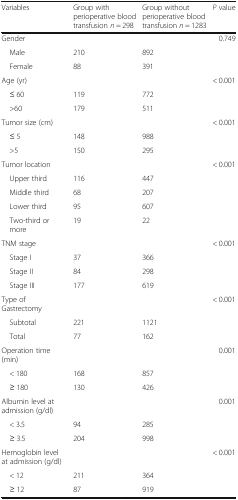
<table><thead><tr><td><b>Variables</b></td><td><b>Group with perioperative blood transfusion <i>n</i> = 298</b></td><td><b>Group without perioperative blood transfusion <i>n</i> = 1283</b></td><td><b><i>P</i> value</b></td></tr></thead><tbody><tr><td>Gender</td><td></td><td></td><td>0.749</td></tr><tr><td> Male</td><td>210</td><td>892</td><td></td></tr><tr><td> Female</td><td>88</td><td>391</td><td></td></tr><tr><td>Age (yr)</td><td></td><td></td><td>&lt; 0.001</td></tr><tr><td> ≤ 60</td><td>119</td><td>772</td><td></td></tr><tr><td> &gt;60</td><td>179</td><td>511</td><td></td></tr><tr><td>Tumor size (cm)</td><td></td><td></td><td>&lt; 0.001</td></tr><tr><td> ≤ 5</td><td>148</td><td>988</td><td></td></tr><tr><td> &gt;5</td><td>150</td><td>295</td><td></td></tr><tr><td>Tumor location</td><td></td><td></td><td>&lt; 0.001</td></tr><tr><td> Upper third</td><td>116</td><td>447</td><td></td></tr><tr><td> Middle third</td><td>68</td><td>207</td><td></td></tr><tr><td> Lower third</td><td>95</td><td>607</td><td></td></tr><tr><td> Two-third or more</td><td>19</td><td>22</td><td></td></tr><tr><td>TNM stage</td><td></td><td></td><td>&lt; 0.001</td></tr><tr><td> Stage I</td><td>37</td><td>366</td><td></td></tr><tr><td> Stage II</td><td>84</td><td>298</td><td></td></tr><tr><td> Stage III</td><td>177</td><td>619</td><td></td></tr><tr><td>Type of Gastrectomy</td><td></td><td></td><td>&lt; 0.001</td></tr><tr><td> Subtotal</td><td>221</td><td>1121</td><td></td></tr><tr><td> Total</td><td>77</td><td>162</td><td></td></tr><tr><td>Operation time (min)</td><td></td><td></td><td>0.001</td></tr><tr><td> &lt; 180</td><td>168</td><td>857</td><td></td></tr><tr><td> ≥ 180</td><td>130</td><td>426</td><td></td></tr><tr><td>Albumin level at admission (g/dl)</td><td></td><td></td><td>0.001</td></tr><tr><td> &lt; 3.5</td><td>94</td><td>285</td><td></td></tr><tr><td> ≥ 3.5</td><td>204</td><td>998</td><td></td></tr><tr><td>Hemoglobin level at admission (g/dl)</td><td></td><td></td><td>&lt; 0.001</td></tr><tr><td> &lt; 12</td><td>211</td><td>364</td><td></td></tr><tr><td> ≥ 12</td><td>87</td><td>919</td><td></td></tr></tbody></table>